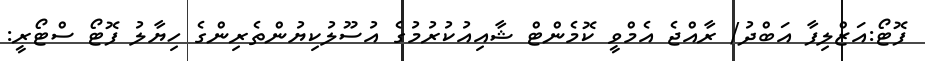
ފޮޓޯ:އަޒްލިފާ އަބްދު/ ރާއްޖެ އެމްވީ ކޮމެންޓް ޝާއިއުކުރުމުގެ އުސޫލުކިޔުންތެރިންގެ ހިޔާލު ފޮޓޯ ސްޓޯރީ: